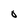
Character: O